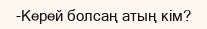
-Керей болсаң атың кім?